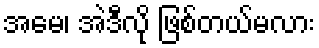
အမေ၊ အဲဒီလို ဖြစ်တယ်မလား